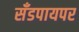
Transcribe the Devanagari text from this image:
सँडपायपर